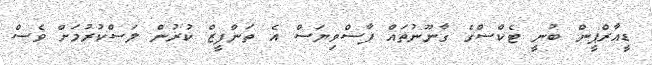
ޑީއާރްޕީން ބުނީ ޓެކްސްގެ ގާނޫނުތައް ފާސްވިޔަސް އެ ތަންފީޒް ކުރުން ލަސްކުރުމަށް ވެސް